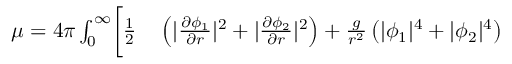
\begin{array} { r l } { \mu = 4 \pi \int _ { 0 } ^ { \infty } \biggl [ \frac { 1 } { 2 } \biggr . } & { { } \left( | \frac { \partial \phi _ { 1 } } { \partial r } | ^ { 2 } + | \frac { \partial \phi _ { 2 } } { \partial r } | ^ { 2 } \right) + \frac { g } { r ^ { 2 } } \left( | \phi _ { 1 } | ^ { 4 } + | \phi _ { 2 } | ^ { 4 } \right) } \end{array}